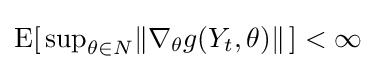
\operatorname {E} [\,\textstyle \sup _{\theta \in N}\lVert \nabla _{\theta }g(Y_{t},\theta )\rVert \,]<\infty